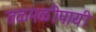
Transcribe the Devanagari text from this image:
तळमळीपायी